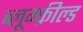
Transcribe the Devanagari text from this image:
ब्लूम्फ़ील्ड